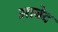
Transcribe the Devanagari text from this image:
अाबेद